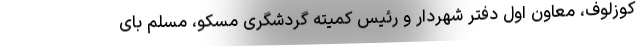
کوزلوف، معاون اول دفتر شهردار و رئیس کمیته گردشگری مسکو، مسلم بای